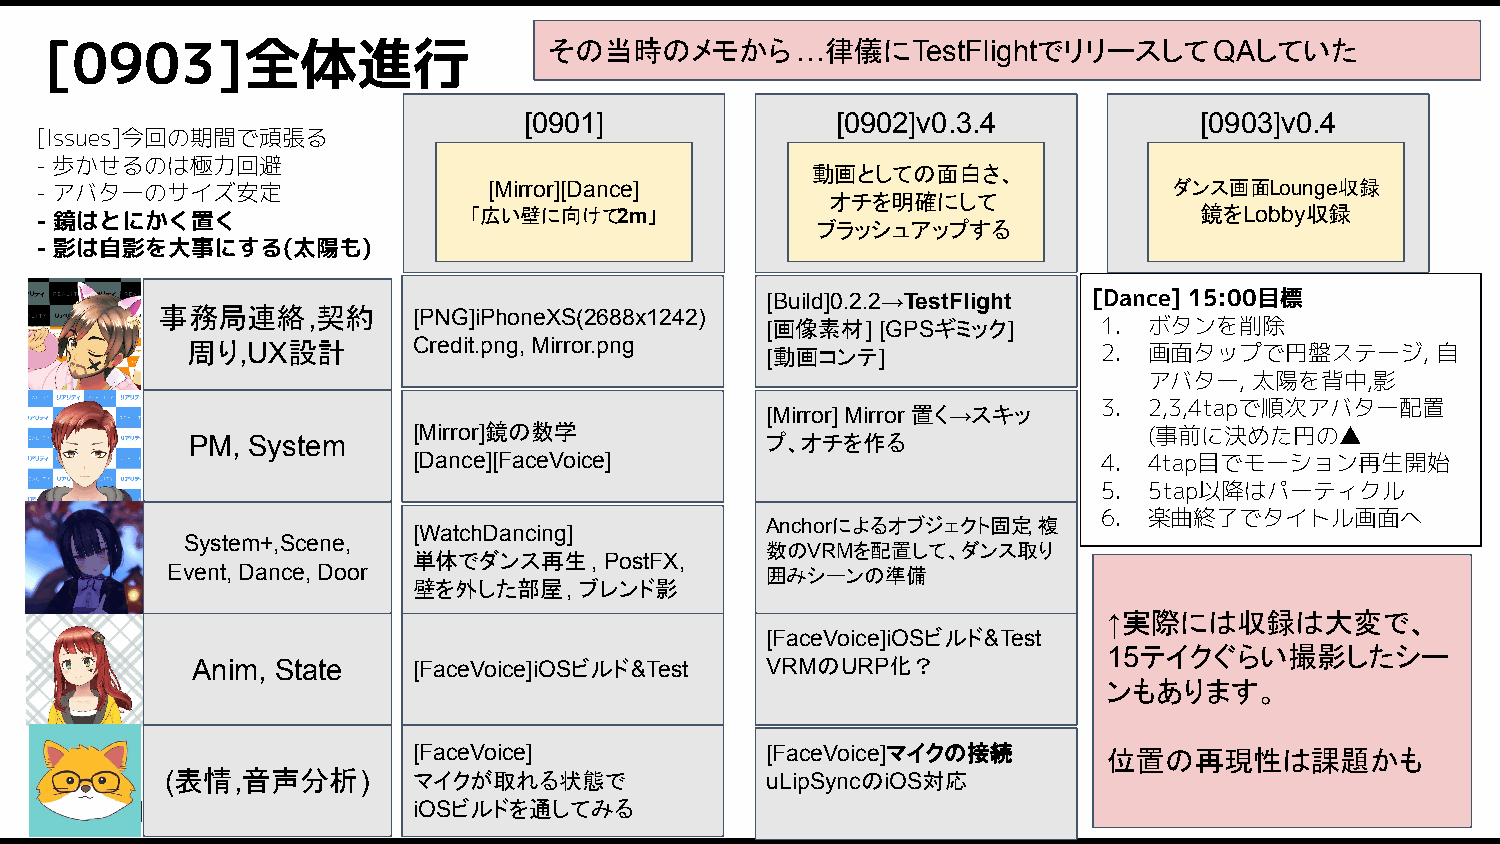
[0903]全体進行                       その当時のメモから…律儀にTestFlightでリリースしてQAしていた
 [0901]              [0902]v0.3.4            [0903]v0.4
 [Issues]今回の期間で頑張る
 目標
 - 歩かせるのは極力回避
 動画としての面白さ、
 - アバターのサイズ安定                  [Mirror][Dance]                               ダンス画面Lounge収録
 オチを明確にして
 - 鏡はとにかく置く                   「広い壁に向けて2m」                                     鏡をLobby収録
 ブラッシュアップする
 - 影は自影を大事にする(太陽も)
 [Build]0.2.2→TestFlight [Dance] 15:00目標
 事務局連絡,契約        [PNG]iPhoneXS(2688x1242)
 [画像素材] [GPSギミック]      1. ボタンを削除
 周り,UX設計        Credit.png, Mirror.png  [動画コンテ]               2. 画面タップで円盤ステージ,      自
 アバター,  太陽を背中,影
 3. 2,3,4tapで順次アバター配置
 [Mirror] Mirror 置く→スキッ
 [Mirror]鏡の数学                                     (事前に決めた円の▲
 PM, System                            プ、オチを作る
 [Dance][FaceVoice]                            4. 4tap目でモーション再生開始
 5. 5tap以降はパーティクル
 6. 楽曲終了でタイトル画面へ
 Anchorによるオブジェクト固定, 複
 [WatchDancing]
 System+,Scene,
 数のVRMを配置して、ダンス取り
 単体でダンス再生,    PostFX,
 Event, Dance, Door                      囲みシーンの準備
 壁を外した部屋,   ブレンド影
 ↑実際には収録は大変で、
 [FaceVoice]iOSビルド&Test
 15テイクぐらい撮影したシー
 Anim, State   [FaceVoice]iOSビルド&Test  VRMのURP化？
 ンもあります。
 [FaceVoice]             [FaceVoice]マイクの接続     位置の再現性は課題かも
 (表情,音声分析)       マイクが取れる状態で              uLipSyncのiOS対応
 iOSビルドを通してみる                                                         28